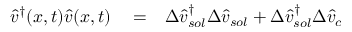
\begin{array} { r l r } { \hat { v } ^ { \dagger } ( x , t ) \hat { v } ( x , t ) } & { { } = } & { \Delta \hat { v } _ { s o l } ^ { \dagger } \Delta \hat { v } _ { s o l } + \Delta \hat { v } _ { s o l } ^ { \dagger } \Delta \hat { v } _ { c } \, } \end{array}